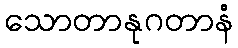
သောတာနုဂတာနံ